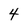
Character: 4